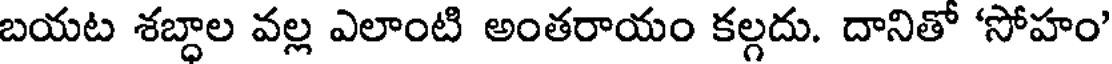
బయట శబ్ధాల వల్ల ఎలాంటి అంతరాయం కల్గదు. దానితో 'సోహం